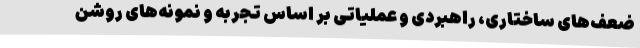
ضعف‌های ساختاری، راهبردی و عملیاتی بر اساس تجربه و نمونه‌های روشن